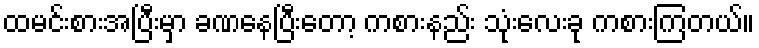
ထမင်းစားအပြီးမှာ ခဏနေပြီးတော့ ကစားနည်း သုံးလေးခု ကစားကြတယ်။